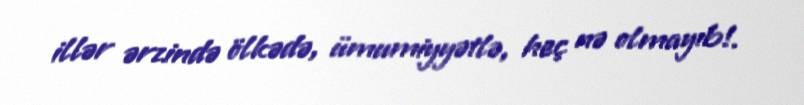
illər ərzində ölkədə, ümumiyyətlə, heç nə olmayıb!.